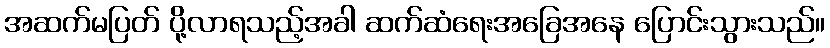
အဆက်မပြတ် ပို့လာရသည့်အခါ ဆက်ဆံရေးအခြေအနေ ပြောင်းသွားသည်။